Vaccination in the Punjab 1883-1896 - 1883-1896
Year: 1883
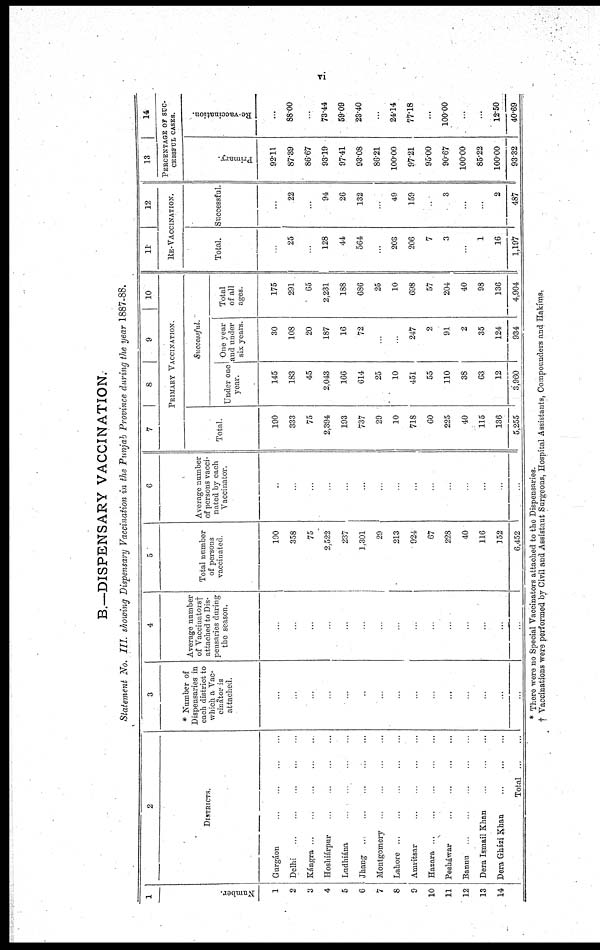
iv.
B.—DISPENSARY VACCINATION.
Statement No. III. showing Dispensary Vaccination in the Punjab Province during the year 1887-88.
1
Number.
1
2
3
4
5
6
7
8
9
10
11
12
13
14
2
DISTRICTS.
Gurgáon ... ... ... ...
Delhi
...
...
...
...
Kángra
...
...
...
...
Hoshiárpur
...
...
...
...
Ludhiána ... ... ... ...
Jhang ... ... ... ...
Montgomery
...
...
...
...
Lahore ... ... ... ...
Amritsar ... ... ... ...
Hazara ... ... ... ...
Pesháwar ... ... ... ...
Bannu ... ... ... ...
Dera Ismail Khan ... ... ... ...
Dera Gházi Khan ... ... ... ...
Total
...
...
3
* Number of
Dispensaries in
each district to
which a Vac-
cinator is
attached
...
...
...
...
...
...
...
...
...
...
...
...
...
...
...
4
Average number
of Vaccinators†
attached to Dis¬
pensaries during
the season.
...
...
...
...
...
...
...
...
...
...
...
...
...
...
...
5
Total number
of persons
vaccinated
190
358
75
2,522
237
1,301
29
213
924
67
228
40
116
152
6,452
6
Average number
of persons vacci-
nated by each
Vaccinator.
...
...
...
...
...
...
...
...
...
...
...
...
...
...
...
7
8
9
10
PRIMARY VACCINATION.
Total.
190
333
75
2,394
193
737
29
10
718
60
225
40
115
136
5,255
Successful.
Under one
year.
145
183
45
2,043
166
614
25
10
451
55
110
38
63
12
3,960
One year
and under
six years
30
108
20
187
16
72
...
...
247
2
91
2
35
124
934
Total
of all
ages.
175
291
65
2,231
188
686
25
10
698
57
204
40
98
136
4,904
11
12
RE- VACCINATION.
Total.
...
25
...
128
44
564
...
203
206
7
3
...
1
16
1,197
Successful.
...
22
...
94
26
132
...
49
159
...
3
...
...
2
487
13
14
PERCENTAGE OF SUC-
------- CASES.
Primary.
92.11
87.89
86.67
93.19
97.41
93.08
86.21
100.00
97.21
95.00
90.67
100.00
85.22
100.00
93.32
Re-vaccination.
...
88.00
...
73.44
59.09
23.40
...
24.14
77.18
...
100.00
...
...
12.50
40.69
* There were no Special Vaccinators attached to the Dispensaries
† Vaccinations were performed by Civil and Assistant Surgeons, Hospital Assistants, Compounders and Hakíms.